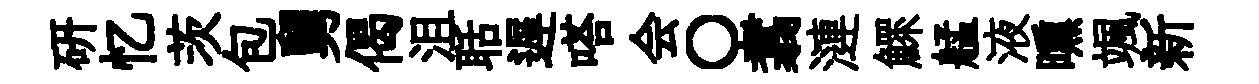
硏忆茨包舅偈沮聒遅嗒会〇翥漣鰥艋液曛颯新